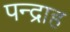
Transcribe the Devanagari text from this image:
पन्द्राह